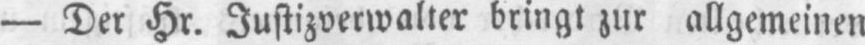
- Der Hr. Justizverwalter bringt zur allgemeinen